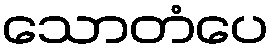
သောတံပေ